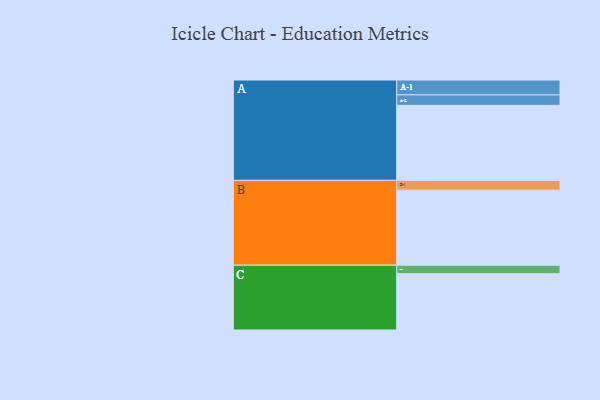
{"axis": {"x": "Segment", "y": "Value"}, "legend": ["", "A", "B", "C"], "data": [{"x": "A", "y": 565, "type": ""}, {"x": "B", "y": 565, "type": ""}, {"x": "C", "y": 424, "type": ""}, {"x": "A-1", "y": 112, "type": "A"}, {"x": "A-2", "y": 79, "type": "A"}, {"x": "B-1", "y": 74, "type": "B"}, {"x": "C-1", "y": 64, "type": "C"}]}